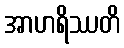
အာဟရိဿတိ